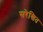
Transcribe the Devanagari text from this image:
सरेखित